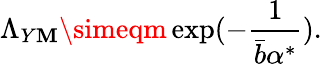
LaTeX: \Lambda_{Y\mathbf{M}}\simeqm\exp(-\frac{{1}}{{\bar{{b}}\alpha^{*}}}).